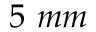
5 ~ m m